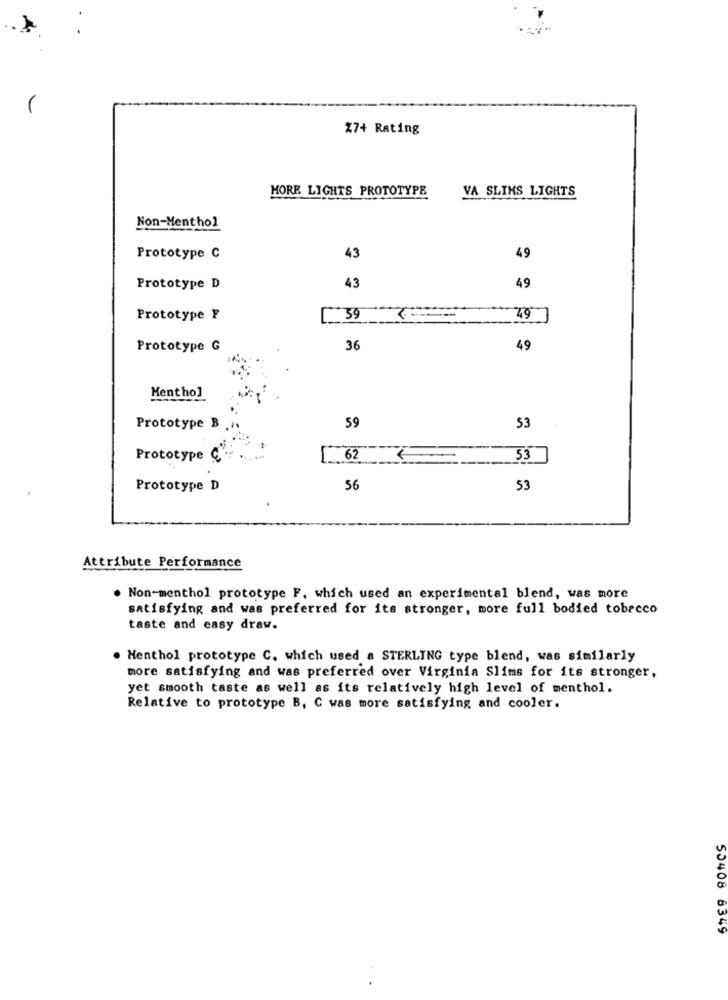
%7+ Rating
MORE LIGHTS PROTOTYPE
VA SLIMS LIGHTS
Non-Menthol
Prototype C
43
49
Prototype D
43
49
Prototype F
49
Prototype G
36
49
Mentho]
Prototype B
59
53
Prototype C
[ 62
53
Prototype D
56
53
Attribute Performance
. Non-menthol prototype F. which used an experimental blend, was more
satisfying and was preferred for its stronger, more full bodied tobacco
taste and easy draw.
. Menthol prototype C. which used a STERLING type blend, was similarly
more satisfying and was preferred over Virginia Slims for its stronger,
yet smooth taste as well as its relatively high level of menthol.
Relative to prototype B, C was more satisfying and cooler.
50408 6349